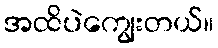
အထိပဲကျွေးတယ်။